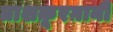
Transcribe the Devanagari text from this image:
ताशक़ूरग़ानी